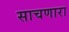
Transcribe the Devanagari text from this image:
साचणारा